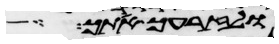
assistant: ולזרעך אתך